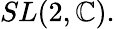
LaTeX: SL(2,\mathbb{C}).